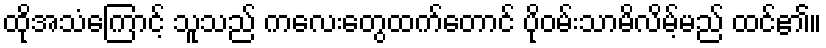
ထိုအသံကြောင့် သူသည် ကလေးတွေထက်တောင် ပိုဝမ်းသာမိလိမ့်မည် ထင်၏။